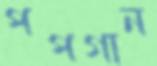
পপগান